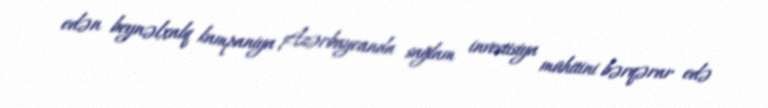
edən beynəlxalq kampaniya Azərbaycanda sağlam investisiya mühitini bərqərar edə